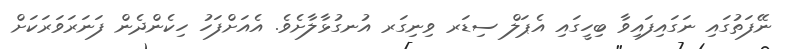
ނޭފަތުގައި ނަގައިފައިވާ ބިހީގައި އެޕަލް ސިޑަރ ވިނިގަރ އުނގުޅާލާށެވެ. އެއަށްފަހު ހިކެންދެން ފަނަރަވަރަކަށް